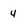
Character: 4